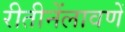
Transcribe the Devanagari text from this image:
रीतीनेंलावणें